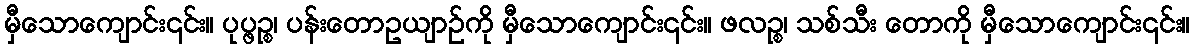
မှီသောကျောင်း၎င်း။ ပုပ္ဖဉ္စ၊ ပန်းတောဥယျာဉ်ကို မှီသောကျောင်း၎င်း။ ဖလဉ္စ၊ သစ်သီး တောကို မှီသောကျောင်း၎င်း။